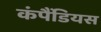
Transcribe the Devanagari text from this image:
कंपैंडियस